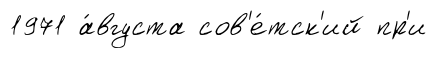
1971 а́вгуста сов'е́тск'ий пр'и